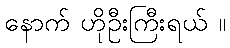
နောက် ဟိုဦးကြီးရယ် ။